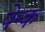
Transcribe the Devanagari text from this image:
पेन्क